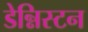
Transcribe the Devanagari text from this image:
डेन्निस्टन